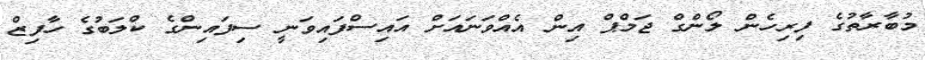
މުބާރާތުގެ ފިރިހެން ލޯންގް ޖަމްޕް އިން އެއްވަނައަށް އައިސްފައިވަނީ ސިފައިންގެ ކްލަބުގެ ހާފިޒް